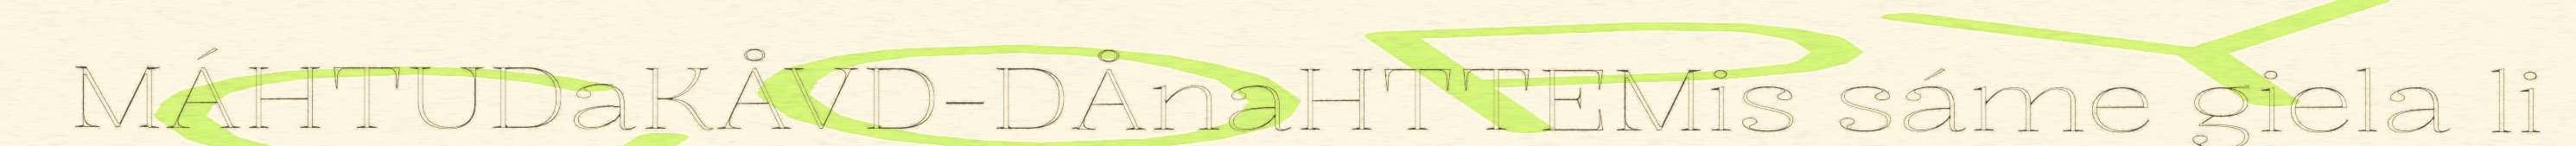
MÁHTUDaKÅVD-DÅnaHTTEMis sáme giela li